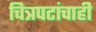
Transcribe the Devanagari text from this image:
चित्रपटांचाही